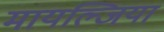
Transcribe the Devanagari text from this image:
मायल्जिया